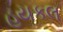
હયકલ